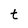
Character: t